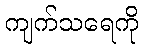
ကျက်သရေကို